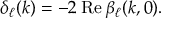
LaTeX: \delta _ { \ell } ( k ) = - 2 \: \mathrm { R e } \: \beta _ { \ell } ( k , 0 ) .